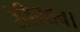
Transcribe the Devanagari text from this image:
रेडिएशन।